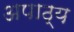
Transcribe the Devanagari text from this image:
अपाठ्य